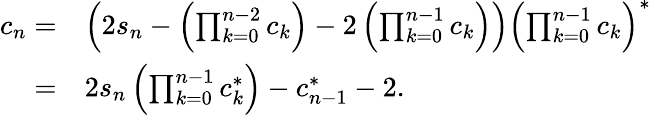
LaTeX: \begin{array}{rl}{c_{n}=}&{\left(2s_{n}-\left(\prod_{k=0}^{n-2}c_{k}\right)-2\left(\prod_{k=0}^{n-1}c_{k}\right)\right)\left(\prod_{k=0}^{n-1}c_{k}\right)^{\ast}}\\ {=}&{2s_{n}\left(\prod_{k=0}^{n-1}c_{k}^{\ast}\right)-c_{n-1}^{\ast}-2.}\end{array}